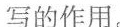
写的作用。